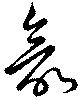
欲